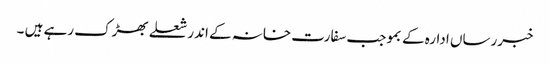
خبررساں ادارہ کے بموجب سفارت خانہ کے اندر شعلے بھڑک رہے ہیں ۔